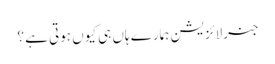
جنرلائزیشن ہمارے ہاں ہی کیوں ہوتی ہے ؟